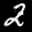
Label: 2